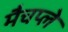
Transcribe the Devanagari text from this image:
मैचप्ले